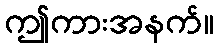
ဤကားအနက်။